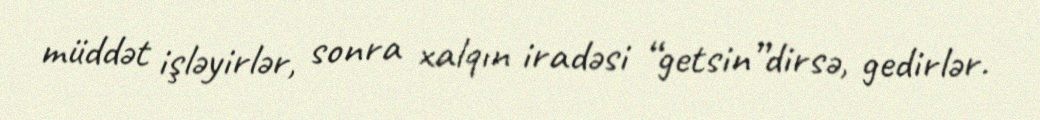
müddət işləyirlər, sonra xalqın iradəsi “getsin”dirsə, gedirlər.